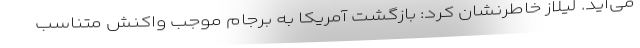
می‌آید. لیلاز خاطرنشان کرد: بازگشت آمریکا به برجام موجب واکنش متناسب